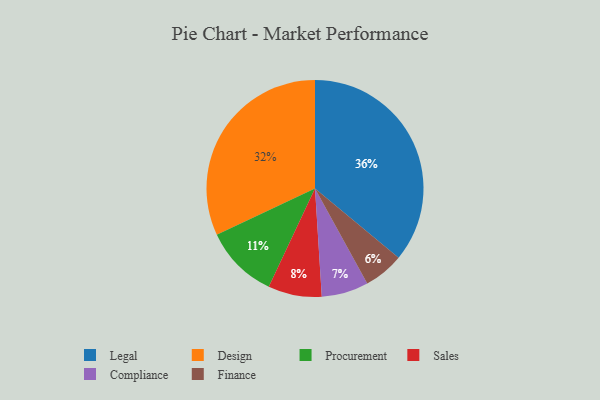
{"axis": {"x": "Category", "y": "Percentage"}, "legend": ["Compliance", "Design", "Finance", "Legal", "Procurement", "Sales"], "data": [{"x": "Compliance", "y": 7, "type": "Compliance"}, {"x": "Finance", "y": 6, "type": "Finance"}, {"x": "Design", "y": 32, "type": "Design"}, {"x": "Procurement", "y": 11, "type": "Procurement"}, {"x": "Sales", "y": 8, "type": "Sales"}, {"x": "Legal", "y": 36, "type": "Legal"}]}